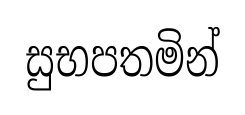
සුභපතමින්